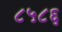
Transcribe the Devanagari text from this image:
८५८६